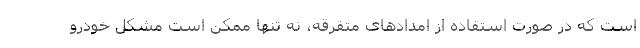
است که در صورت استفاده از امدادهای متفرقه، نه تنها ممکن است مشکل خودرو